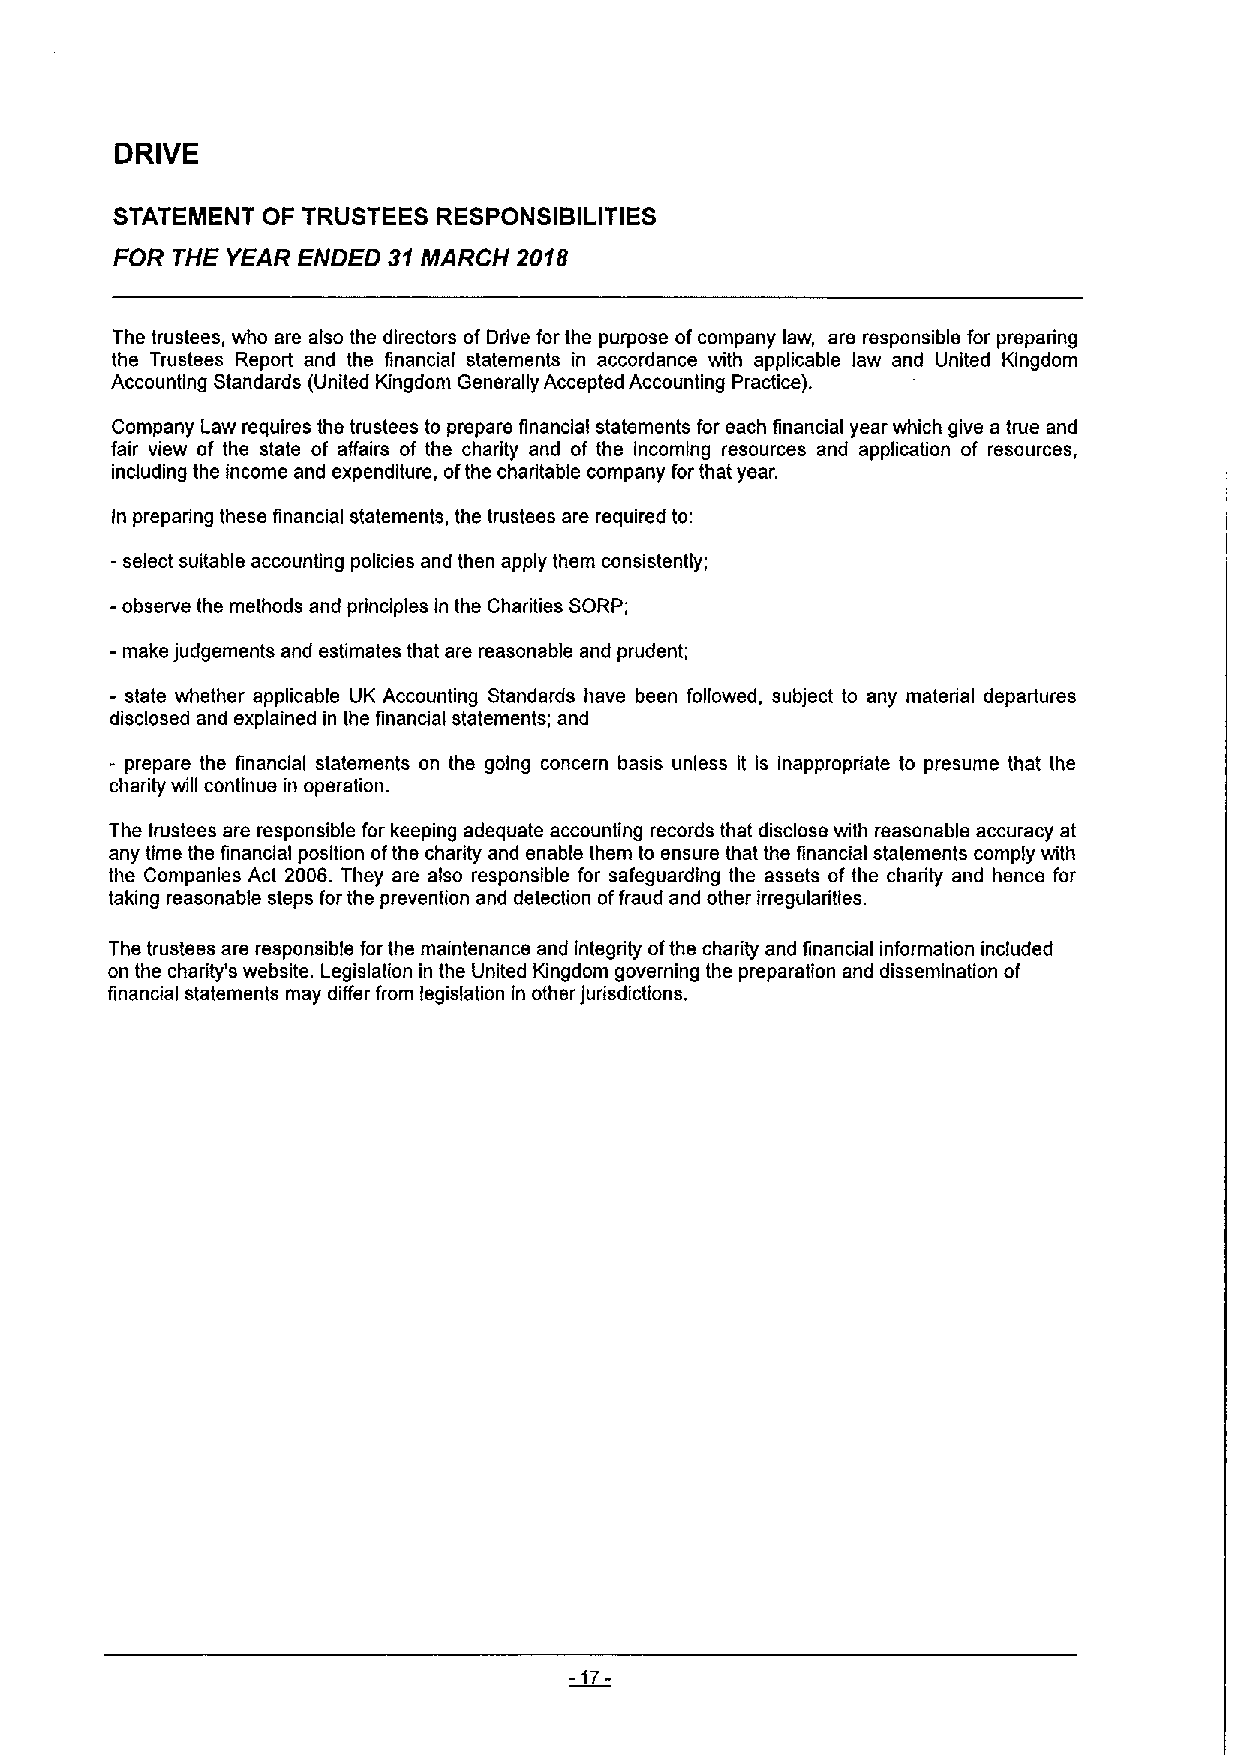
DRIVE
 STATEMENT OF TRUSTEES RESPONSIBILITIES
 FOR THE YEAR ENDED 31MARCH 2018
 The trustees, who are also the directors of Drive for the purpose ofcompany law, are responsible for preparing
 the Trustees Report and the financial statements in accordance with applicable law and United Kingdom
 Accounting Standards (United Kingdom Generally Accepted Accounting Practice).
 Company Law requires the trustees to prepare financial statements for each financial year which give a true and
 fair view of the state of affairs of the charity and of the incoming resources and application of resources,
 induding the income and expenditure, ofthe charitable company for that year.
 In preparing these financial statements, the trustees are required to:
 -select suitable accounting policies and then apply them consistently;
 -observe the methods and principles in the Charities SORP;
 -make judgements and estimates that are reasonable and prudent;
 - state whether applicable UK Accounting Standards have been followed, subject to any material departures
 disclosed and explained in the financial statements; and
 - prepare the financial statements on the going concern basis unless it is inappropriate to presume that the
 charity will continue in operation.
 The trustees are responsible for keeping adequate accounting records that disclose with reasonable accuracy at
 any time the financial position ofthe charity and enable them to ensure that the financial statements comply with
 the Companies Act 2006. They are also responsible for safeguarding the assets of the charity and hence for
 taking reasonable steps for the prevention and detection offraud and other irregularities.
 The trustees are responsible for the maintenance and integrity ofthe charity and financial information included
 on the charity's website. Legislation in the United Kingdom governing the preparation and dissemination of
 financial statements may differ from legislation in other Jurisdictions.
 -17-